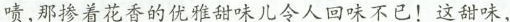
啧,那掺着花香的优雅甜味儿令人回味不已!这甜味，